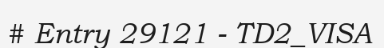
# Entry 29121 - TD2_VISA